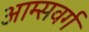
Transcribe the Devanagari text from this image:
आम्सवर्ग